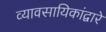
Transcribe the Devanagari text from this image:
व्यावसायिकांद्वारे